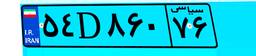
۵۴D۸۶۰۷۶